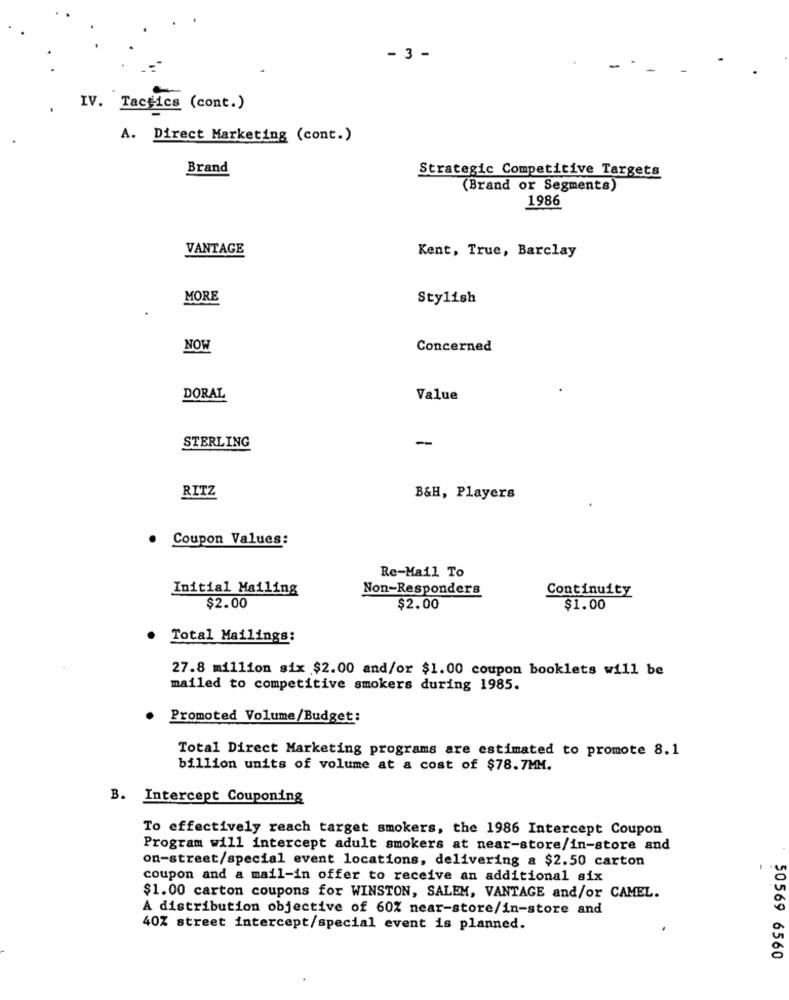
- 3 -
IV. Tactics (cont.)
A. Direct Marketing (cont.)
Brand
Strategic Competitive Targets
(Brand or Segments)
1986
VANTAGE
Kent, True, Barclay
MORE
Stylish
NOW
Concerned
DORAL
Value
-
STERLING
RITZ
B&H, Players
Coupon Values:
Re-Mail To
Initial Mailing
Non-Responders
Continuity
$2.00
$2.00
$1.00
Total Mailings:
27.8 million six $2.00 and/or $1.00 coupon booklets will be
mailed to competitive smokers during 1985.
Promoted Volume/Budget:
Total Direct Marketing programs are estimated to promote 8.1
billion units of volume at a cost of $78.7MM.
B. Intercept Couponing
To effectively reach target smokers, the 1986 Intercept Coupon
Program will intercept adult smokers at near-store/in-store and
on-street/special event locations, delivering & $2.50 carton
-
coupon and a mail-in offer to receive an additional six
$1.00 carton coupons for WINSTON, SALEM, VANTAGE and/or CAMEL.
A distribution objective of 60% near-store/in-store and
40% street intercept/special event is planned.
50569 6560